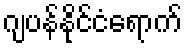
ဂျပန်နိုင်ငံရောက်